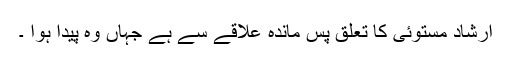
ارشاد مستوئی کا تعلق پس ماندہ علاقے سے ہے جہاں وہ پیدا ہوا ۔